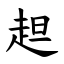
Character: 䞡